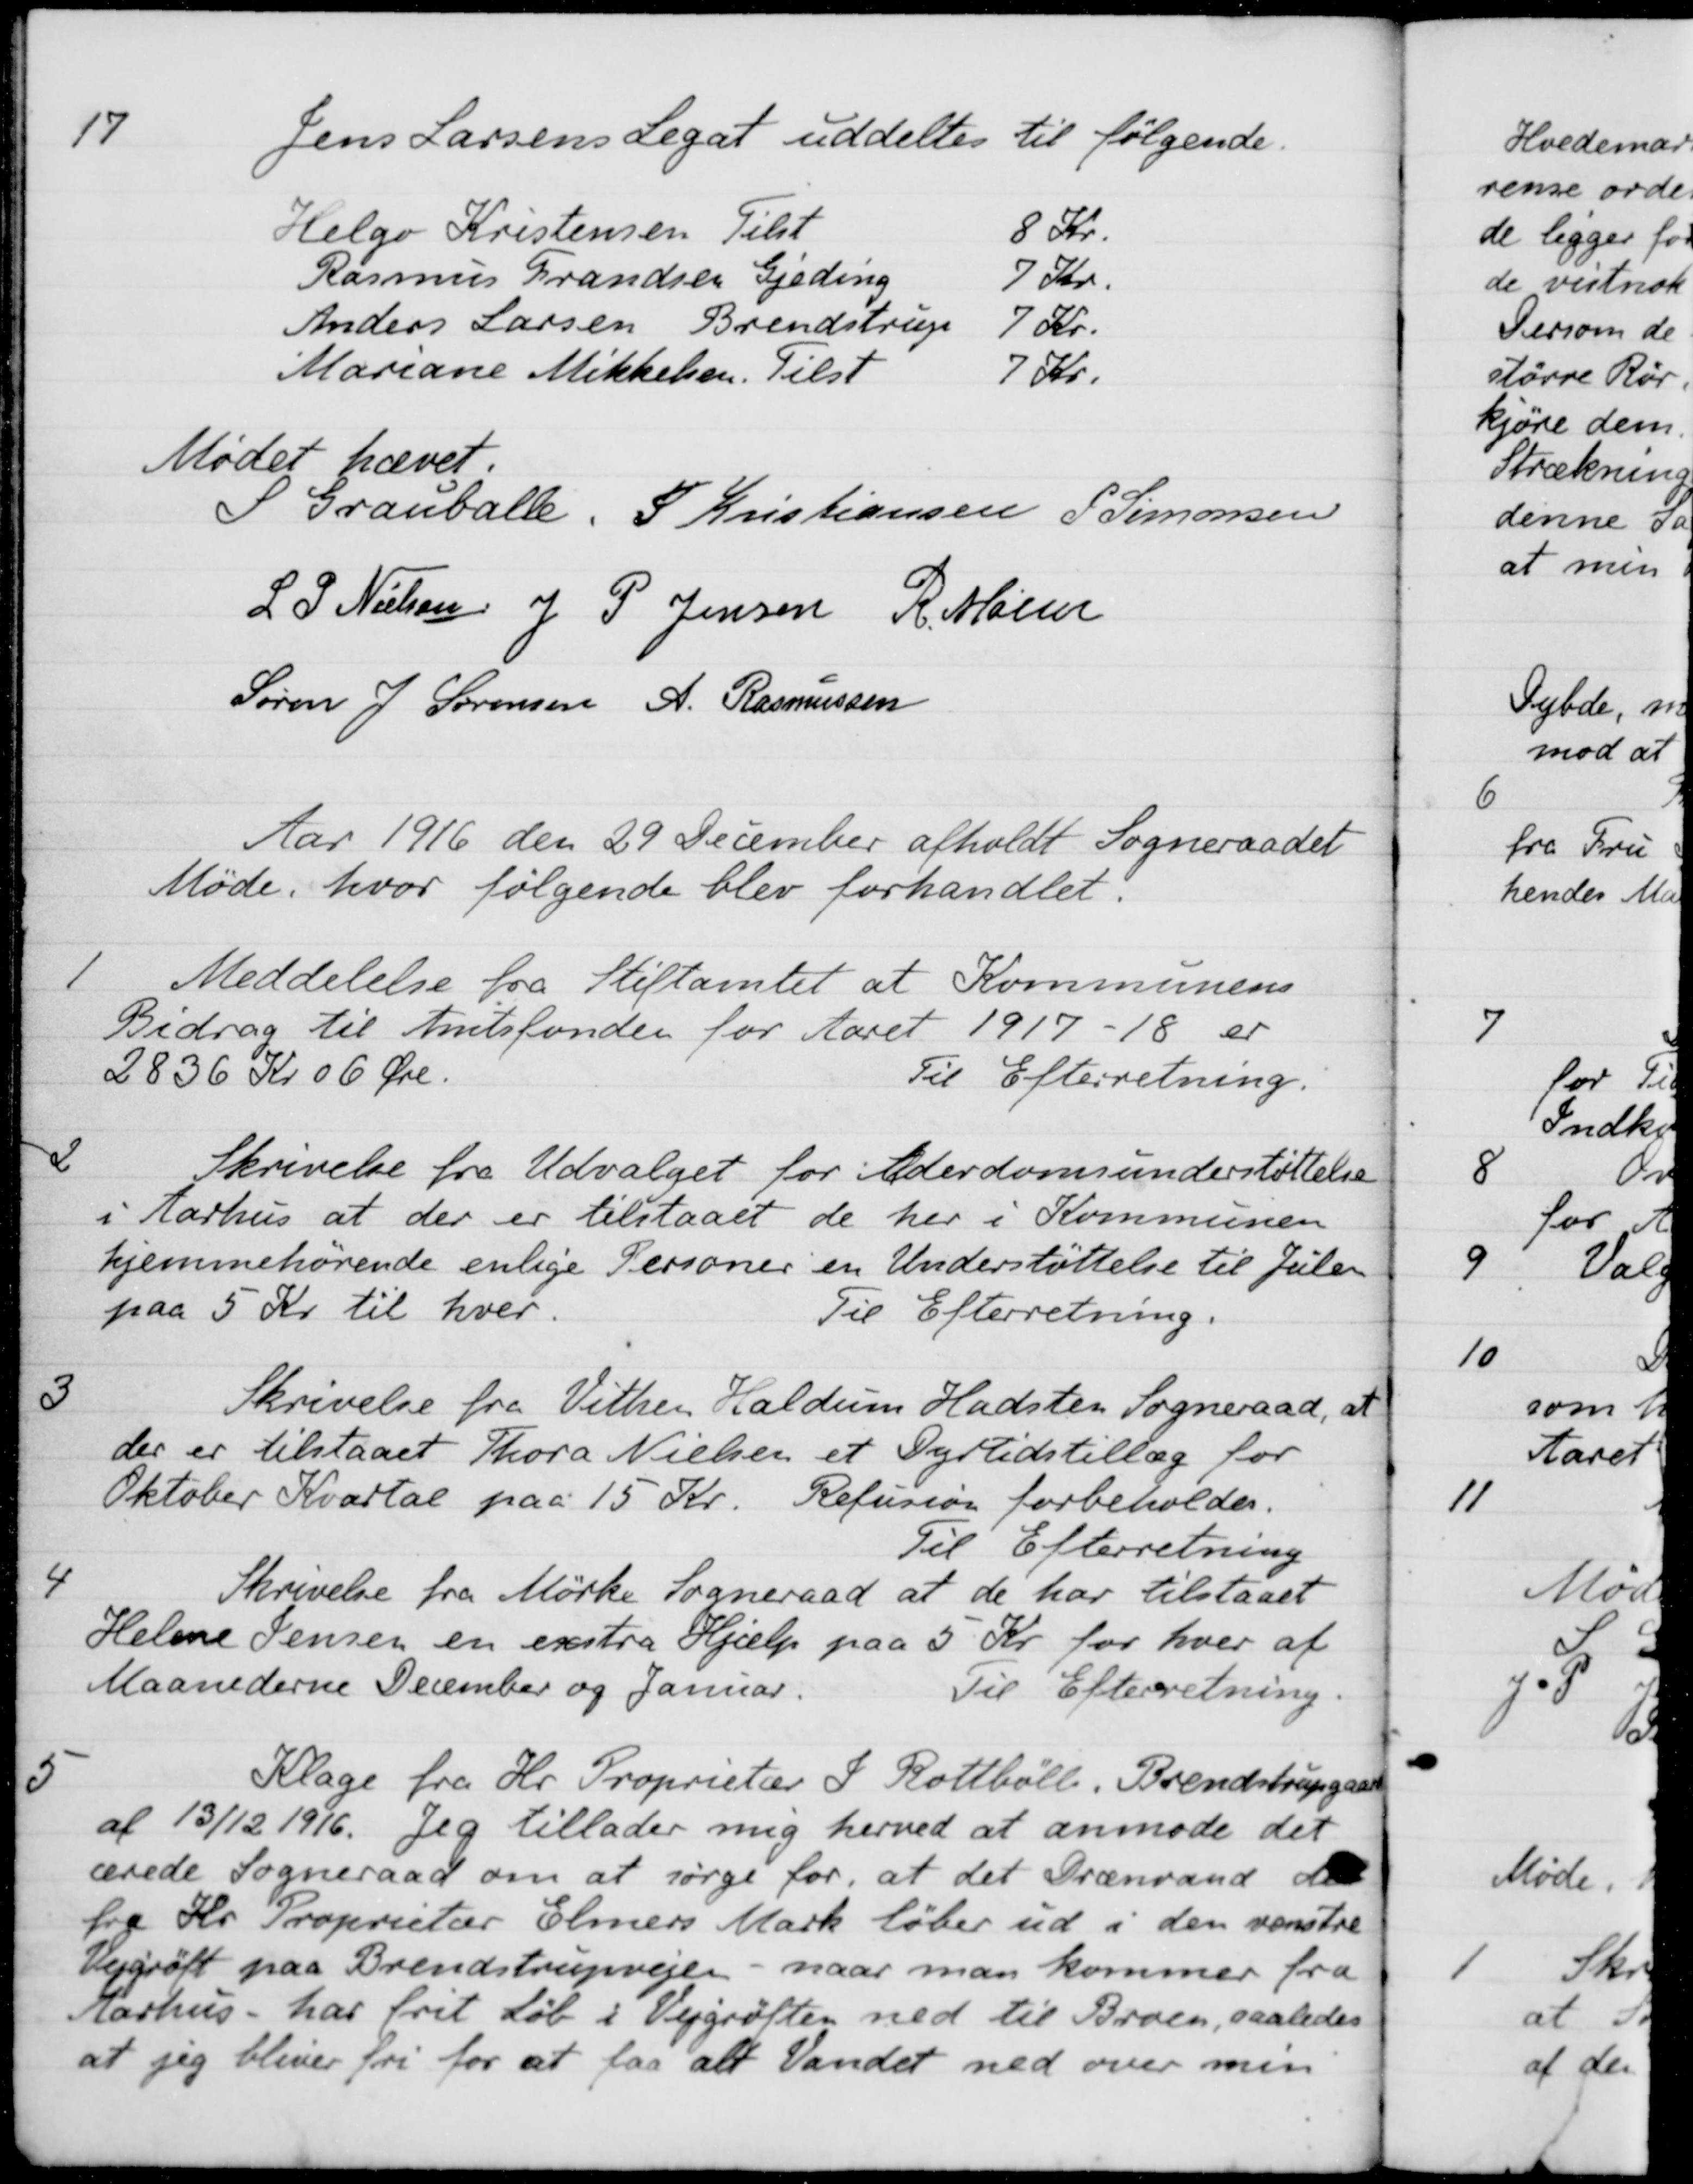
Transskription:
17
Jens Larsens Legat uddeltes til følgende.
Helga Kristensen Tilst
8 Kr.
Rasmus Frandsen Gjeding
7 Kr.
Anders Larsen Brendstrup
7 Kr.
Mariane Mikkelsen. Tilst
7 Kr.
Mødet hævet.
S Grauballe.
S. Kristiansen
P. Simonsen
L S. Nielsen
J P Jensen
R. Møller
Søren J Sørensen
A. Rasmussen
Aar 1916 den 29 December afholdt Sogneraadet
Møde, hvor følgende blev forhandlet.
1
Meddelelse fra Stiftamtet at Kommunens
Bidrag til Amtsfonden for Aaret 1917-18 er
2836 Kr 06 Øre.
Til Efterretning.
2
Skrivelse fra Udvalget for Alderdomsunderstøttelse
i Aarhus at der er tilstaaet de her i Kommunen
hjemmehørende enlige Personer en Understøttelse til Julen
paa 5 Kr. til hver.
Til Efterretning.
3
Skrivelse fra Vithen Haldum Hadsten Sogneraad, at
der er tilstaaet Thora Nielsen et Dyrtidstillæg for
Oktober Kvartal paa 15 Kr. Refusion forbeholdes.
Til Efterretning
4
Skrivelse fra Mørke Sogneraad at de har tilstaaet
Helene Jensen en exstra Hjælp paa 5 Kr for hver af
Maanederne December og Januar.
Til Efterretning.
5
Klage fra Hr. Proprietær J. Rottbøll, Brendstrupgaard
af 13/12 1916. Jeg tillader mig herved at anmode det
ærede Sogneraad om at sørge for, at det Drænvand der
fra Hr. Proprietær Elmers Mark løber ud i den venstre
Vejgrøft paa Brendstrupvejen - naar man kommer fra
Aarhus - har frit Løb i Vejgrøften ned til Broen, saaledes
at jeg bliver fri for at faa alt Vandet ned over min